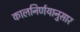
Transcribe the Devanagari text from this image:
कालनिर्णयानुसार